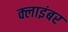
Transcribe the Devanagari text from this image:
क्लाइंबर